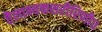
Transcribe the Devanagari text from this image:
तैलाभ्यक्तशरीरिणी॥